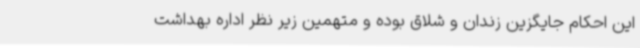
این احکام جایگزین زندان و شلاق بوده و متهمین زیر نظر اداره بهداشت